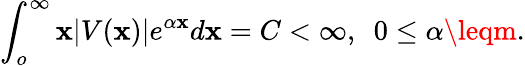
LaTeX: \int_{o}^{\infty}\mathbf{x}|V(\mathbf{x})|e^{\alpha\mathbf{x}}d\mathbf{x}=C<\infty,~~0\leq\alpha\leqm.